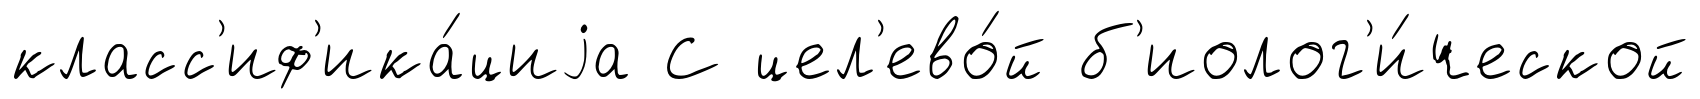
класс'иф'ика́циjа С цел'ево́й б'иолог'и́ческой